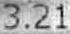
3.21